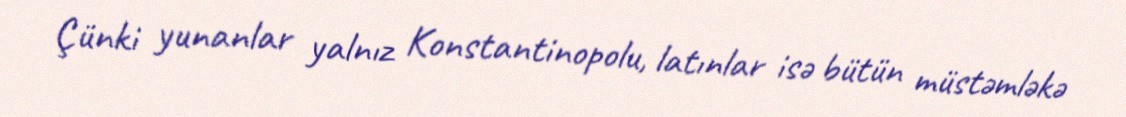
Çünki yunanlar yalnız Konstantinopolu, latınlar isə bütün müstəmləkə